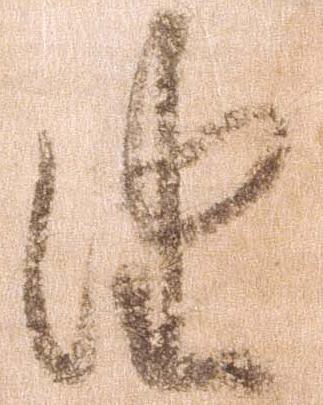
由